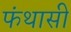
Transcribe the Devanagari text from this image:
फंथासी